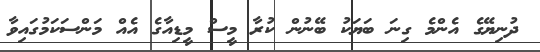
ދުނިޔޭގެ އެންމެ ގިނަ ބަޔަކު ބޭނުން ކުރާ މީސް މީޑިއާގެ އެއް މަންސަކަމުގައިވާ